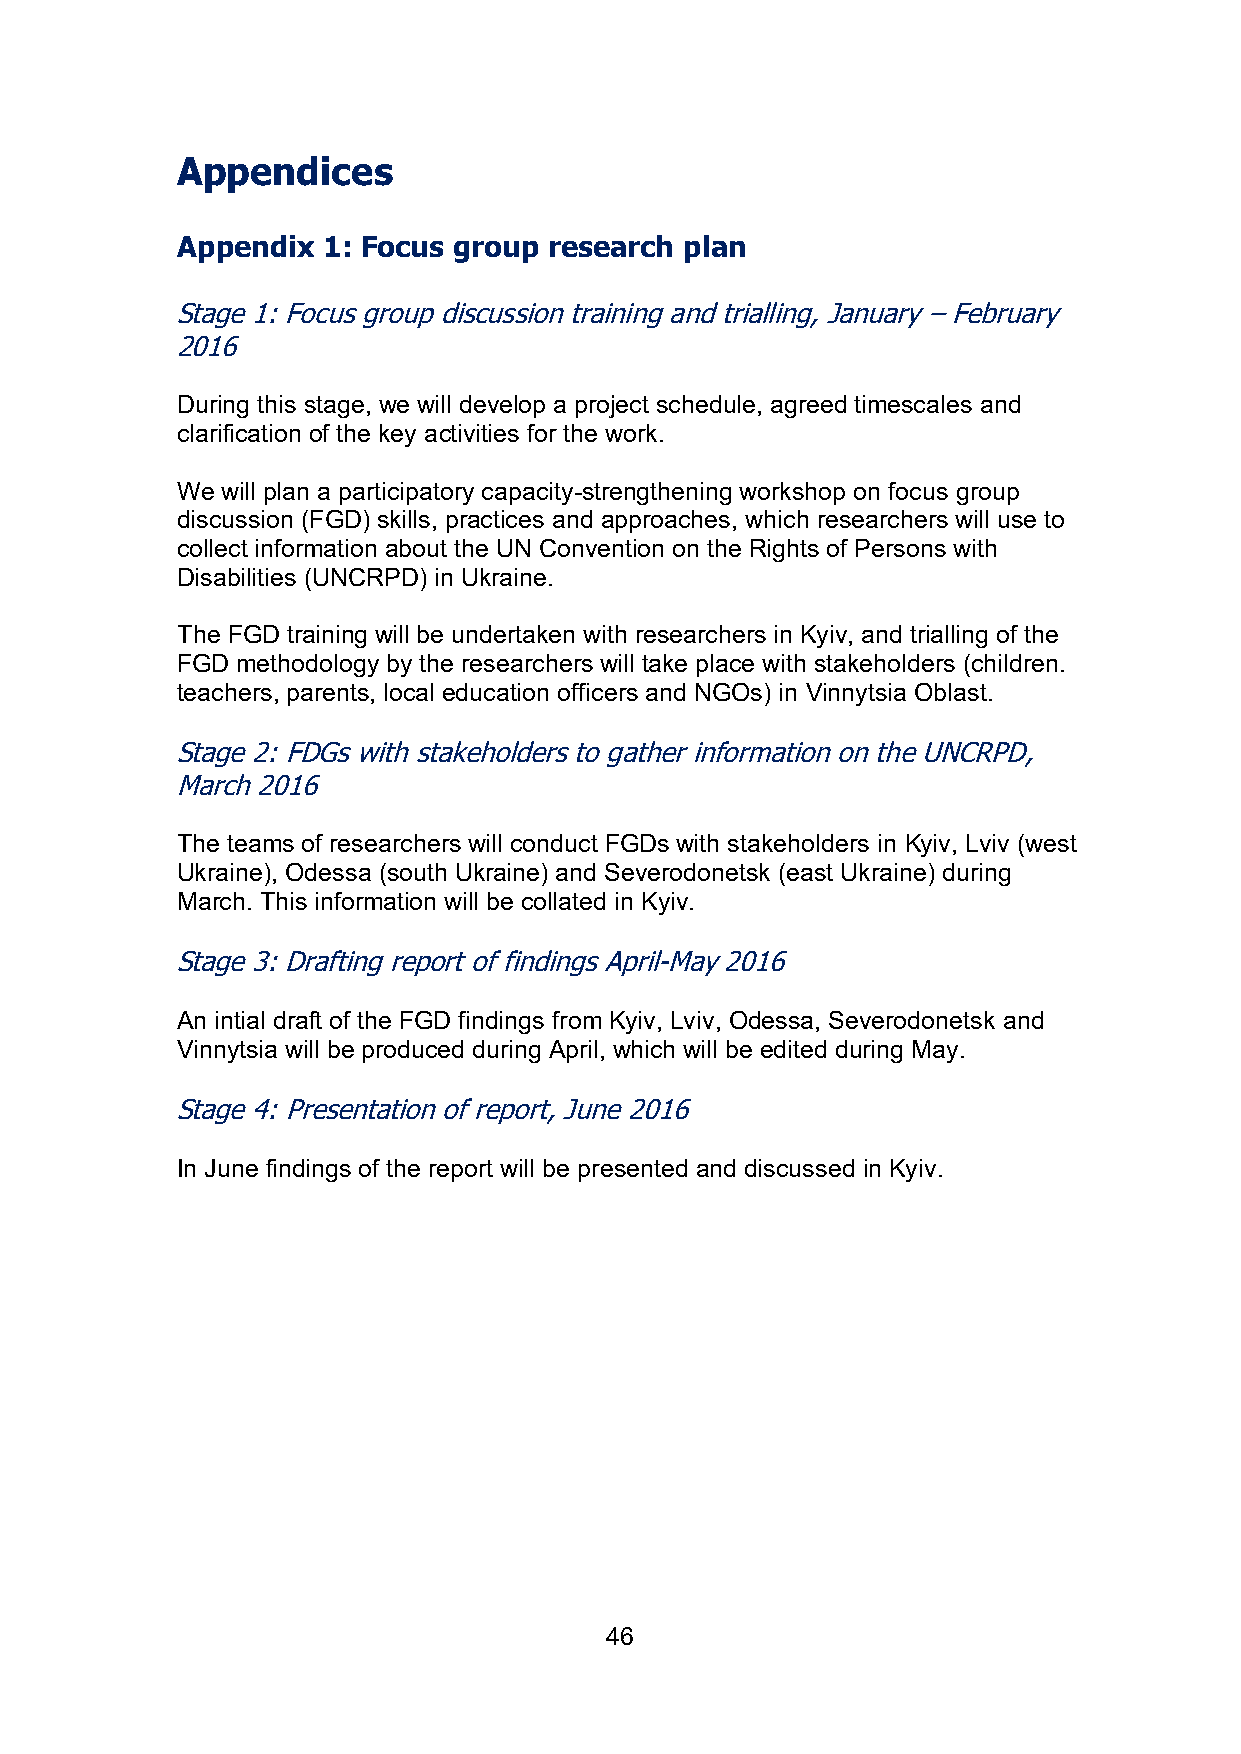
Appendices
 Appendix 1: Focus group research plan
 Stage 1: Focus group discussion training and trialling, January – February
 2016
 During this stage, we will develop a project schedule, agreed timescales and
 clarification of the key activities for the work.
 We will plan a participatory capacity-strengthening workshop on focus group
 discussion (FGD) skills, practices and approaches, which researchers will use to
 collect information about the UN Convention on the Rights of Persons with
 Disabilities (UNCRPD) in Ukraine.
 The FGD training will be undertaken with researchers in Kyiv, and trialling of the
 FGD methodology by the researchers will take place with stakeholders (children.
 teachers, parents, local education officers and NGOs) in Vinnytsia Oblast.
 Stage 2: FDGs with stakeholders to gather information on the UNCRPD,
 March 2016
 The teams of researchers will conduct FGDs with stakeholders in Kyiv, Lviv (west
 Ukraine), Odessa (south Ukraine) and Severodonetsk (east Ukraine) during
 March. This information will be collated in Kyiv.
 Stage 3: Drafting report of findings April-May 2016
 An intial draft of the FGD findings from Kyiv, Lviv, Odessa, Severodonetsk and
 Vinnytsia will be produced during April, which will be edited during May.
 Stage 4: Presentation of report, June 2016
 In June findings of the report will be presented and discussed in Kyiv.
 46